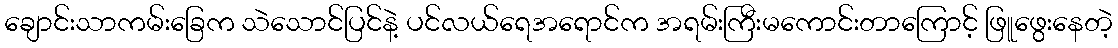
ချောင်းသာကမ်းခြေက သဲသောင်ပြင်နဲ့ ပင်လယ်ရေအရောင်က အရမ်းကြီးမကောင်းတာကြောင့် ဖြူဖွေးနေတဲ့